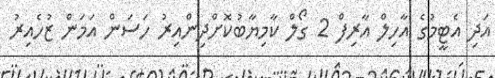
އަދި އެޓީމުގެ އާހިލް އާރިފް 2 ގޯލް ކާމިޔާބުކޮށްދިންއިރު ހަސަން އަމަން ޒުހެއިރު